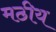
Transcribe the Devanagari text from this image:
मठीय